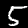
Label: 5